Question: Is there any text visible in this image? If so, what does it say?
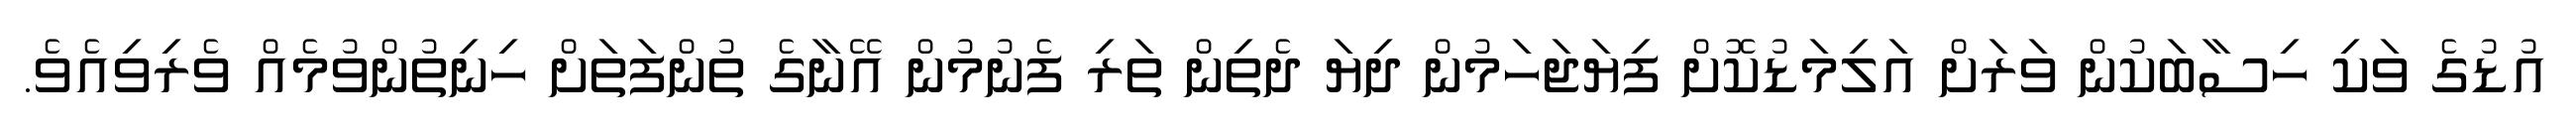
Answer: އުޑުގެ ވަކި ހިސާބަކުން ވަރަށް އަލިމަޑުކޮށް ފިޔަޖަހަމުން ދިޔަ ދެތިން ތަރި ފެނުމުން އޭނާގެ ތުންފަތަށް ހިނިތުންވުމެއް ވެރިވިއެވެ.